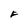
Character: F